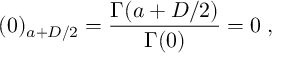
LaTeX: ( 0 ) _ { a + D / 2 } = \frac { \Gamma ( a + D / 2 ) } { \Gamma ( 0 ) } = 0 \; ,